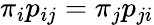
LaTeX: {\pi}_{i}p_{ij}={\pi}_{j}p_{ji}